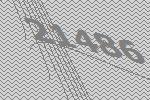
21486